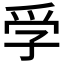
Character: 𡥞